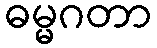
ဓမ္မဂတာ